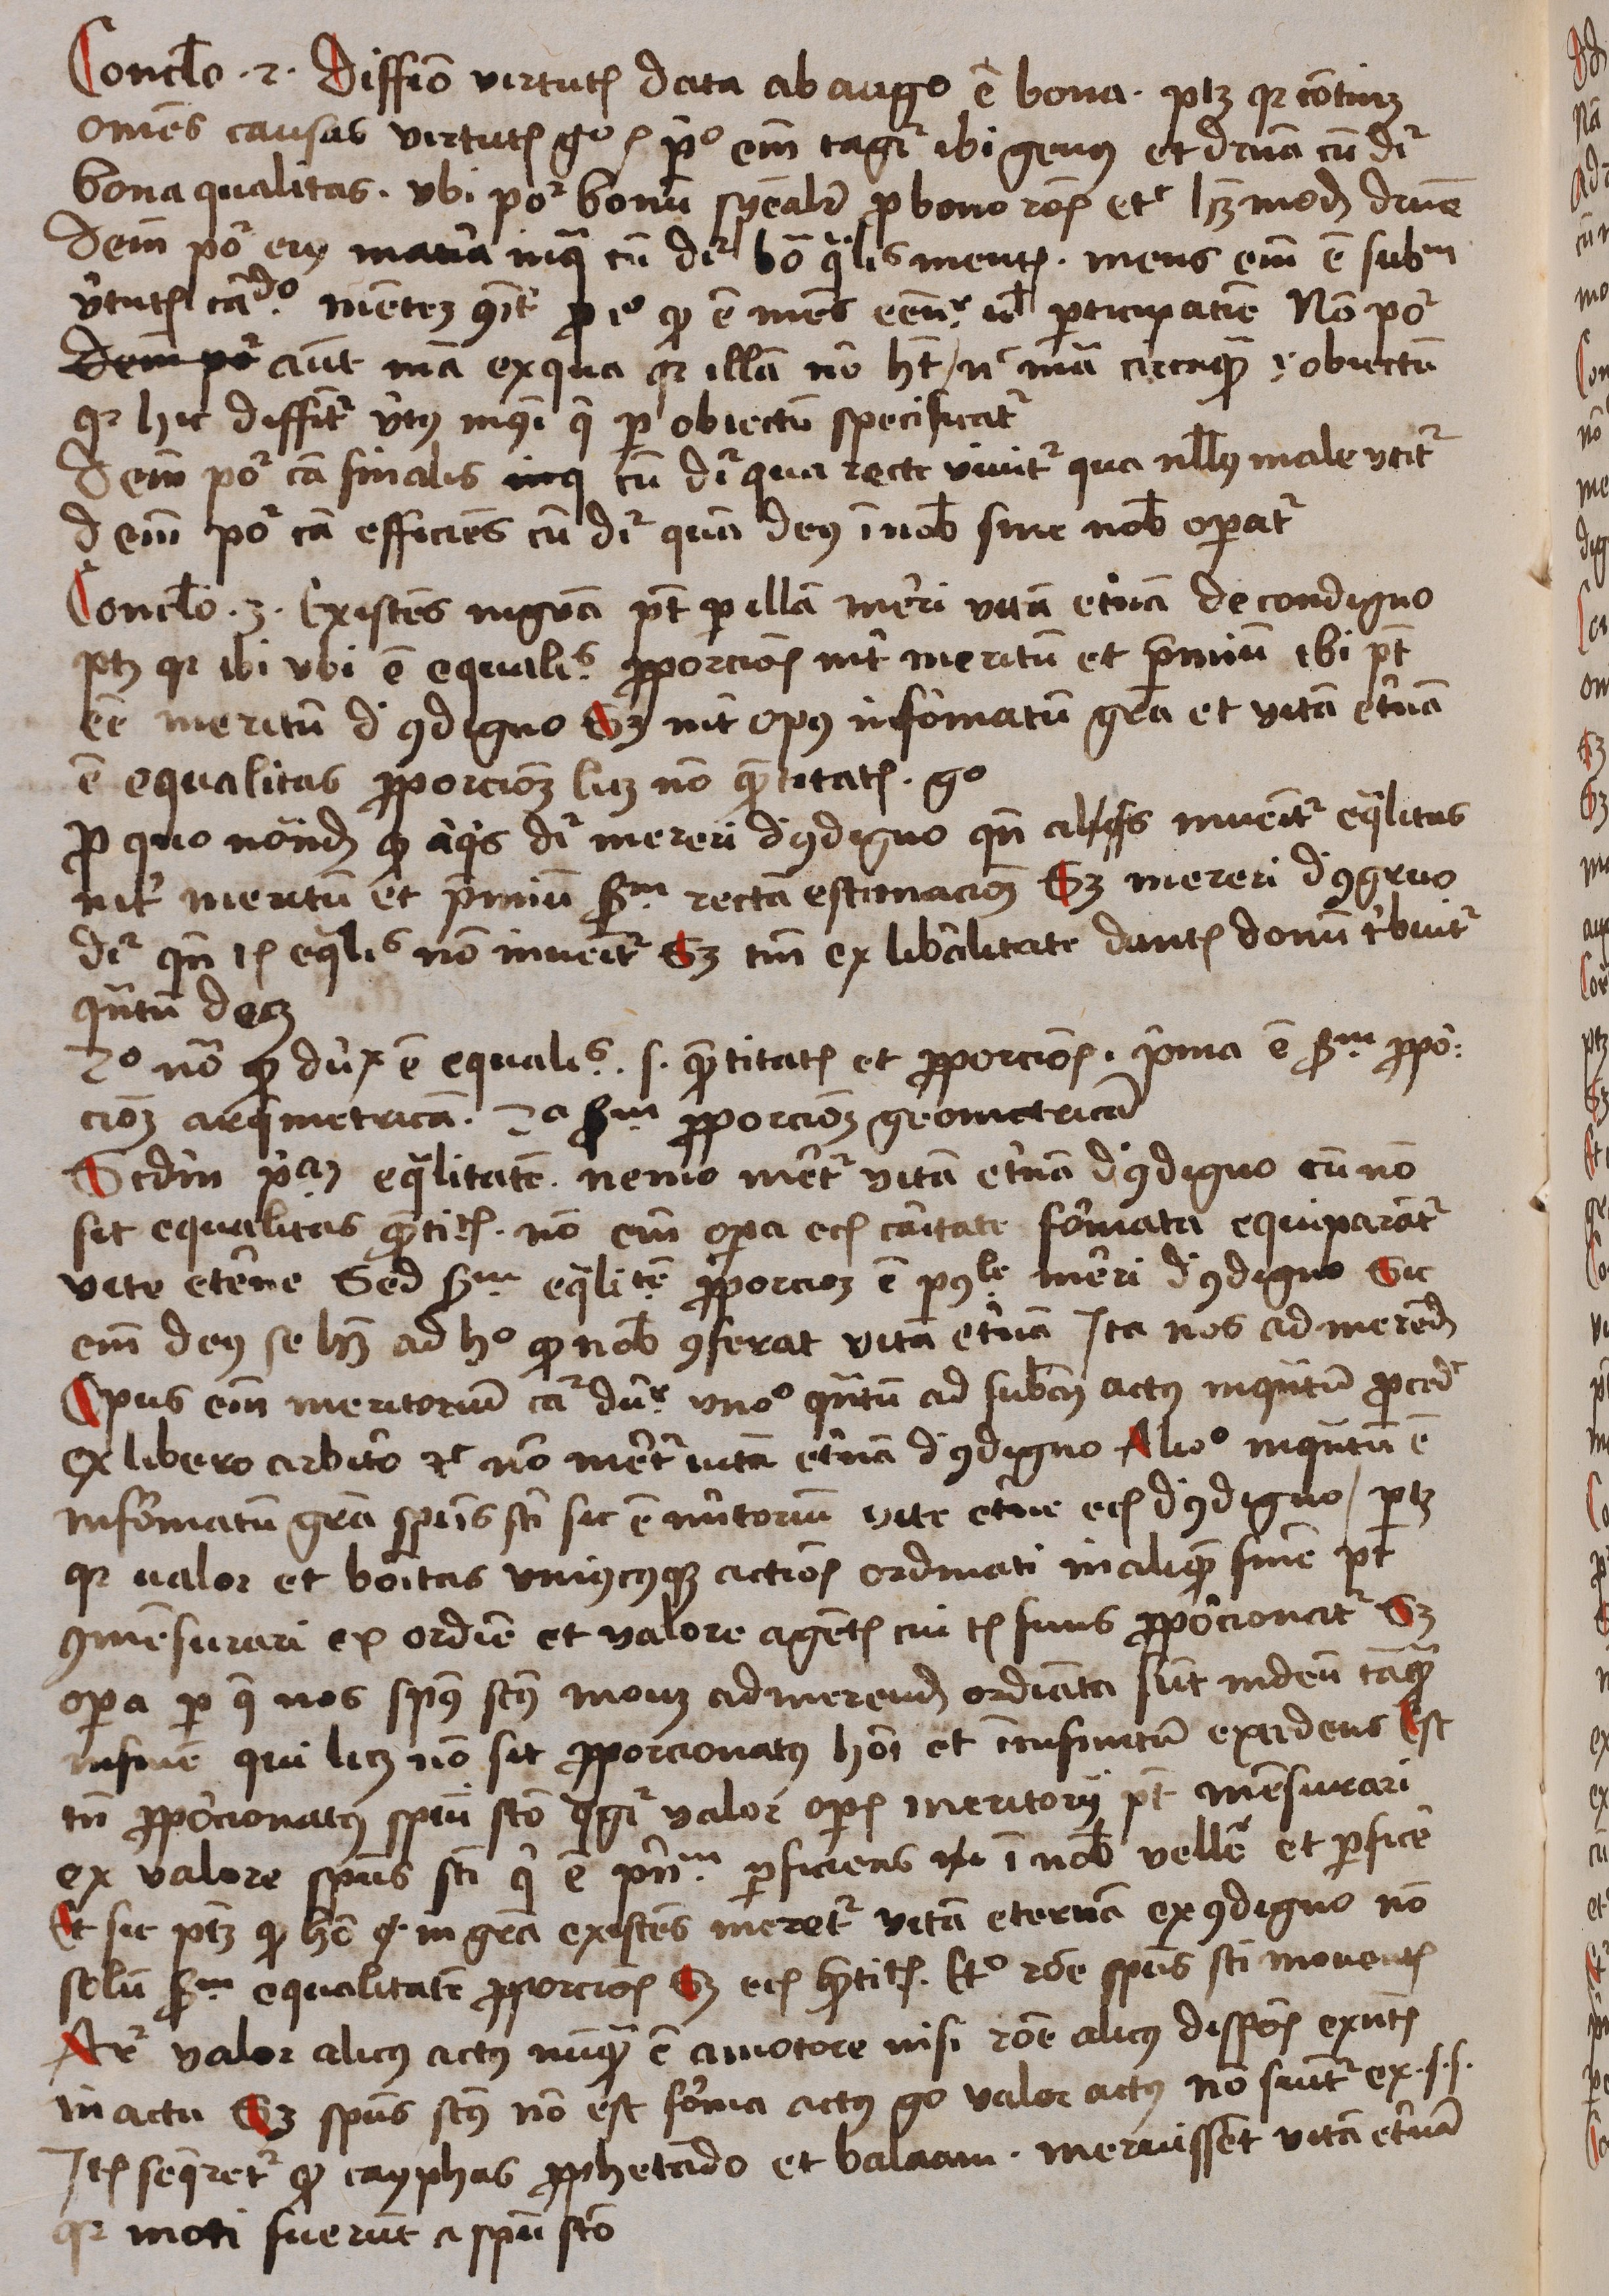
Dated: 1488–1488